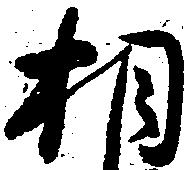
相